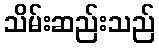
သိမ်းဆည်းသည်